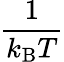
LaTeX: \frac{1}{k_{\mathrm{B}}T}